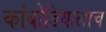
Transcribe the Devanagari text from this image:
कांबोडियालाच